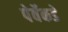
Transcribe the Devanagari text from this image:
पेर्वेकडे